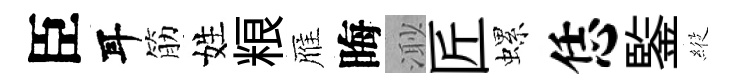
臣耳筋姓粮雁晦𣺌匠螺恁鍳𦂵